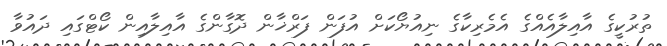
ތުރުކީގެ އާއިލާއެއްގެ އެމެރިކާގެ ނިއުޔޯކަށް އުފަން ފަރްޚާން ދޮގާންގެ އާއިލާއިން ކޯޓްގައި ދައުވާ